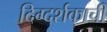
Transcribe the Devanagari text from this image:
दिग्दर्शकाची